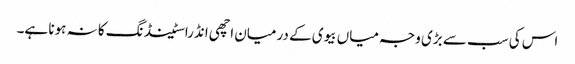
اس کی سب سے بڑی وجہ میاں بیوی کے درمیان اچھی انڈراسٹینڈنگ کا نہ ہونا ہے۔